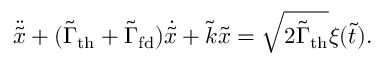
\ddot { \Tilde { x } } + ( \Tilde { \Gamma } _ { \mathrm { t h } } + \Tilde { \Gamma } _ { \mathrm { f d } } ) \dot { \Tilde { x } } + \Tilde { k } \Tilde { x } = \sqrt { 2 \Tilde { \Gamma } _ { \mathrm { t h } } } \xi ( \Tilde { t } ) .